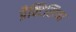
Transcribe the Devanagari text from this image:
प्रैक्टिसिया